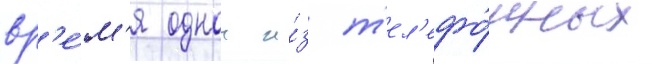
вр'е́м'я однои и́з т'ел'ефо́нных